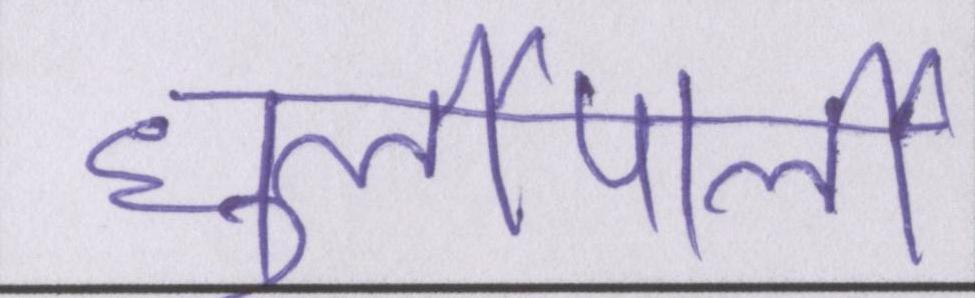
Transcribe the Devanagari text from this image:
धुर्लीपार्ली